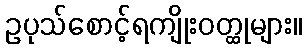
ဥပုသ်စောင့်ရကျိုးဝတ္ထုများ။